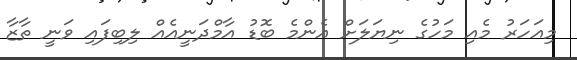
މިއަހަރު މެއި މަހުގެ ނިޔަލަށް އެންމެ ބޮޑު އާމްދަނީއެއް ލިބިފައި ވަނީ ތާޒާ